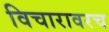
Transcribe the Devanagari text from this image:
विचारावरच